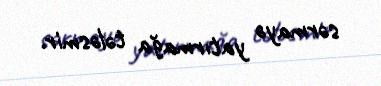
sərmayə yatırmağa tələsmir.